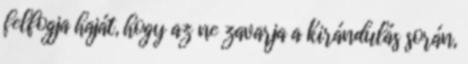
felfogja haját, hogy az ne zavarja a kirándulás során,